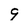
Character: 9